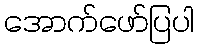
အောက်ဖော်ပြပါ